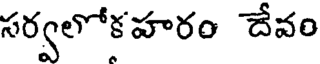
సర్వలోకహరం దేవం